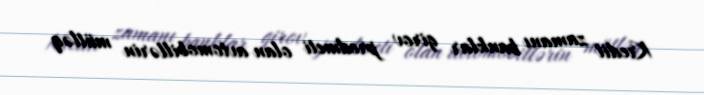
Kredit zamanı banklar girov predmeti olan avtomobillərin mütləq